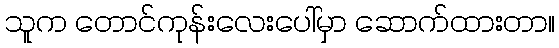
သူက တောင်ကုန်းလေးပေါ်မှာ ဆောက်ထားတာ။